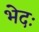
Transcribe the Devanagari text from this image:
भेदः